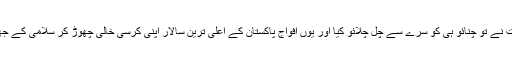
سفارشات کے عمل کو تو گولی مار یئے، حکومت نے تو چنائو ہی کو سرے سے چل چلائو کیا اور یوں افواجِ پاکستان کے اعلیٰ ترین سالار اپنی کرسی خالی چھوڑ کر سلامی کے جھنڈے کو وعلیکم سلام کہتے ہوئے گھر سدھارے۔